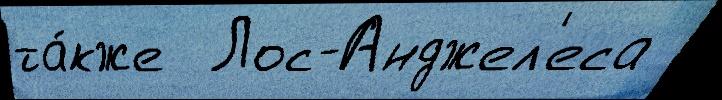
та́кже  Лос-Анджел'еса